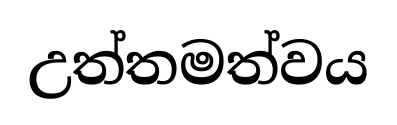
උත්තමත්වය